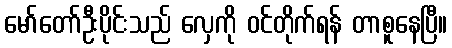
မော်တော်ဦးပိုင်းသည် လှေကို ဝင်တိုက်ရန် တာစူနေပြီ။